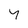
Character: Y